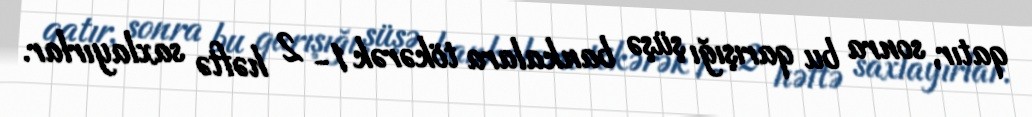
qatır, sonra bu qarışığı şüşə bankalara tökərək 1- 2 həftə saxlayırlar.